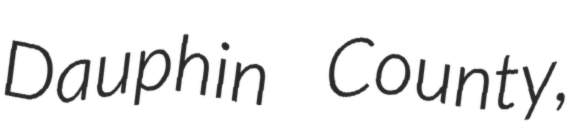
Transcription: Dauphin County,